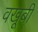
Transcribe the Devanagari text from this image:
वखूबी